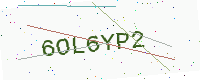
Text: 6OL6YP2